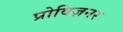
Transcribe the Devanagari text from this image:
प्रोविज़नर